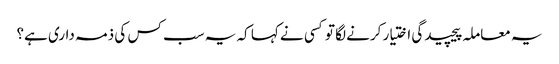
یہ معاملہ پیچیدگی اختیار کرنے لگا تو کسی نے کہا کہ یہ سب کس کی ذمہ داری ہے؟